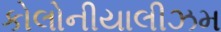
કોલોનીયાલીઝમ